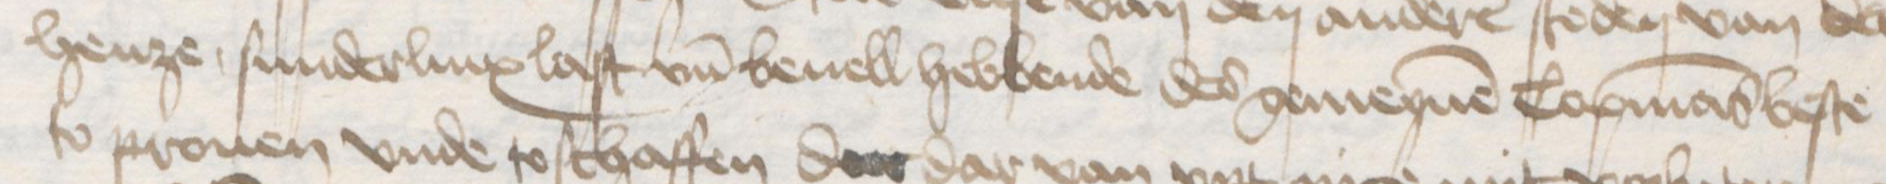
Transcription: henze sunderlinx last un̄d beuell hebbende des gemeynen Copmans beste